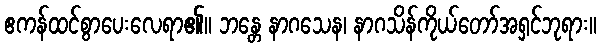
ဧကန်ထင်စွာပေးလေရာ၏။ ဘန္တေ နာဂသေန၊ နာဂသိန်ကိုယ်တော်အရှင်ဘုရား။